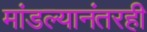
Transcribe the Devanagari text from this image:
मांडल्यानंतरही